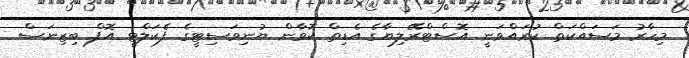
މިހާރު މަސައްކަތް ކުރައްވަނީ އޮސްޓްރޭލިޔާގެ އެޑިތް ކޮވާން ޔުނިވަސިޓީގެ ފެކަލްޓީ އޮފް ބިޒިނަސް